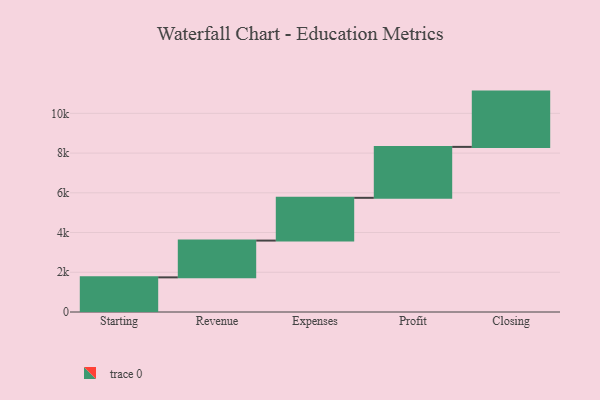
{"axis": {"x": "Step", "y": "Value"}, "legend": [""], "data": [{"x": "Starting", "y": 1744.0, "type": ""}, {"x": "Revenue", "y": 1852.0, "type": ""}, {"x": "Expenses", "y": 2152.0, "type": ""}, {"x": "Profit", "y": 2564.0, "type": ""}, {"x": "Closing", "y": 2783.0, "type": ""}]}